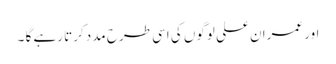
اور عمران علی لوگوں کی اسی طرح مدد کرتا رہے گا ۔